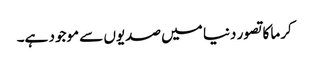
کرما کا تصور دنیا میں صدیوں سے موجود ہے۔